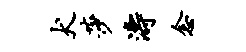
犬莎涛念